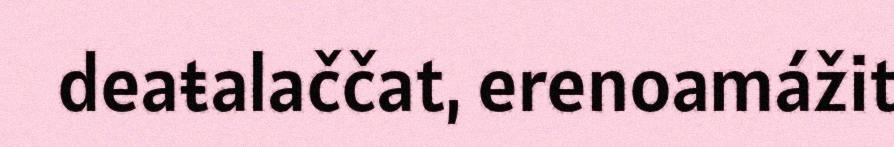
deaŧalaččat, erenoamážit